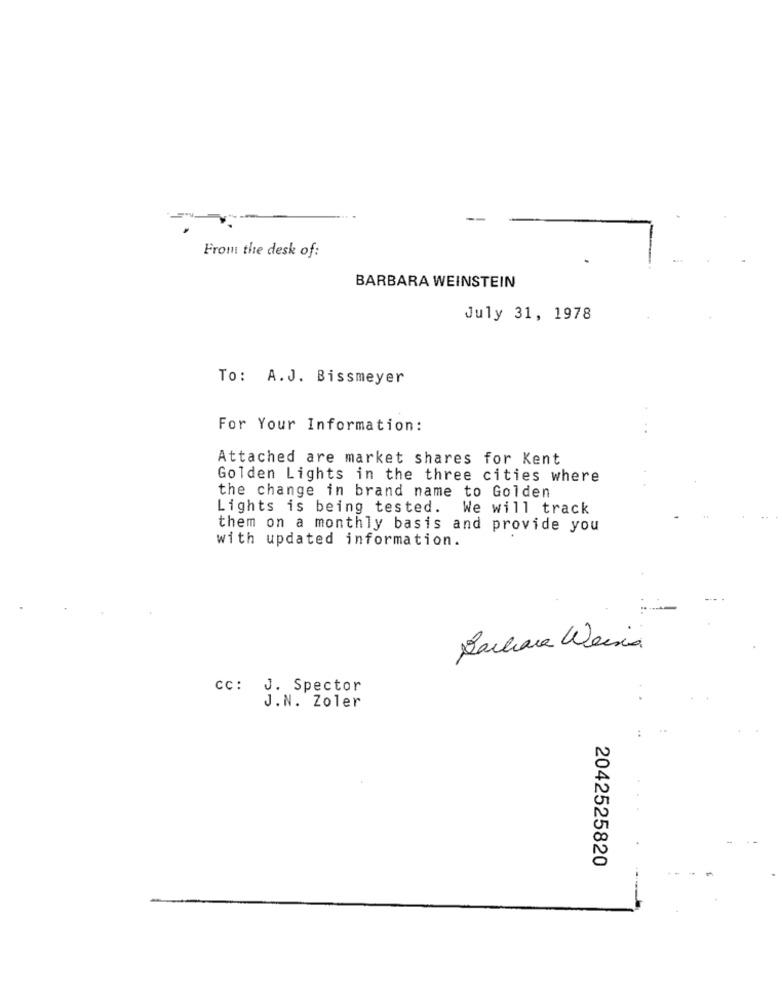
From the desk of:
BARBARA WEINSTEIN
July 31, 1978
To: A.J. Bissmeyer
For Your Information:
Attached are market shares for Kent
Golden Lights in the three cities where
the change in brand name to Golden
Lights is being tested.
We will track
them on a monthly basis and provide you
with updated information.
Barbara Weina
cc: J. Spector
J.N. Zoler
2042525820